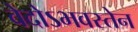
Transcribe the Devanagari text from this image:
वेदोऽभवस्तेन